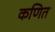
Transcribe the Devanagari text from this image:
कणित